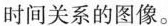
时间关系的图像。